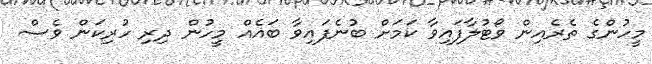
މީހުންގެ ތެރެއިން ވޯޓުލާފައިވާ ކަމަށް ބުނެފައިވާ ބައެއް މީހުން ދިރި ހުރިކަން ވެސް